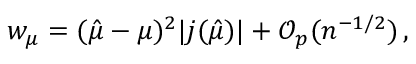
w _ { \mu } = ( \hat { \mu } - \mu ) ^ { 2 } | j ( \hat { \mu } ) | + \mathcal { O } _ { p } ( n ^ { - 1 / 2 } ) \, ,